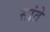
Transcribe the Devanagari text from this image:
सांते